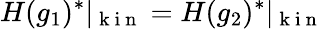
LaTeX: H(g_{1})^{*}\vert_{\mathrm{~k~i~n~}}=H(g_{2})^{*}\vert_{\mathrm{~k~i~n~}}